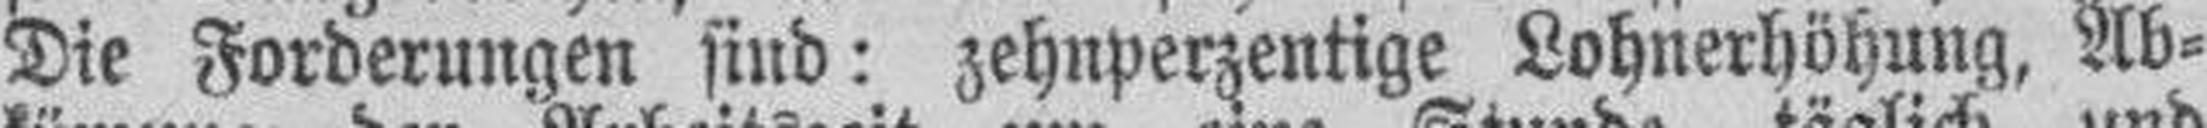
Die Forderungen sind: zehnperzentige Lohnerhöhung, Ab¬